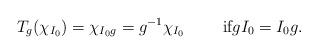
LaTeX: \begin{align*}T_g(\chi_{I_0})=\chi_{I_0g}=g^{-1}\chi_{I_0}\quad\quad\mbox{ if}gI_0=I_0g.\end{align*}